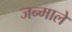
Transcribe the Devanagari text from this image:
जन्माले